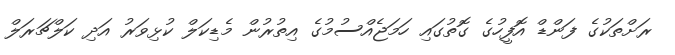
ރަށްތަކުގެ ފަންޑް އޮފީހުގެ ގޮތުގައި ހަމަޖެއްސުމުގެ އިތުރުން މެޑިކަލް ކުޅިވަރު އަދި ކަލްޗަރަލް